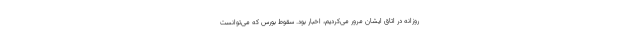
روزانه در اتاق ایشان مرور می‌کردیم، اخبار بود. سقوط بورس که می‌توانست